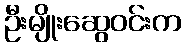
ဦးမျိုးဆွေဝင်းက